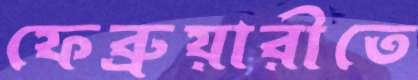
ফেব্রুয়ারীতে